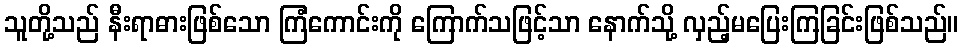
သူတို့သည် နီးရာဓားဖြစ်သော ကြံကောင်းကို ကြောက်သဖြင့်သာ နောက်သို့ လှည့်မပြေးကြခြင်းဖြစ်သည်။